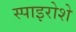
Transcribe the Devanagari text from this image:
स्पाइरोशे